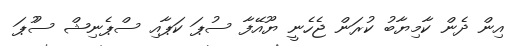
އިން ދެން ކާމިޔާބު ކުރަން ޖެހެނީ ޔޫއޭފާ ސުޕަ ކަޕާއި ސްޕެނިޝް ސުުޕަ